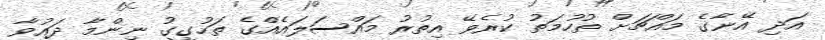
އަދި އޭނާގެ މައްޗަށް ތުހުމަތު ކުރެވޭ އިތުރު މައްސަލައެއްގެ ތަހުގީގު ނިންމާ ދައުވާ